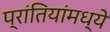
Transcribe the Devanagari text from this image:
प्रांतियांमध्ये